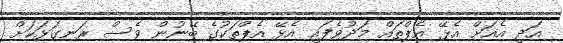
އަދި އެއަށް އެޅޭ އެޕްތައް މަދުވެފައި އެޅޭ އެޕްތަކުގެ ބޭނުން ވެސް ރަނގަޅަކަށް